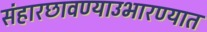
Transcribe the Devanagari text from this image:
संहारछावण्याउभारण्यात